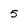
Character: 5